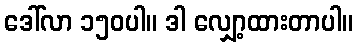
ဒေါ်လာ ၁၅၀ပါ။ ဒါ လျှော့ထားတာပါ။